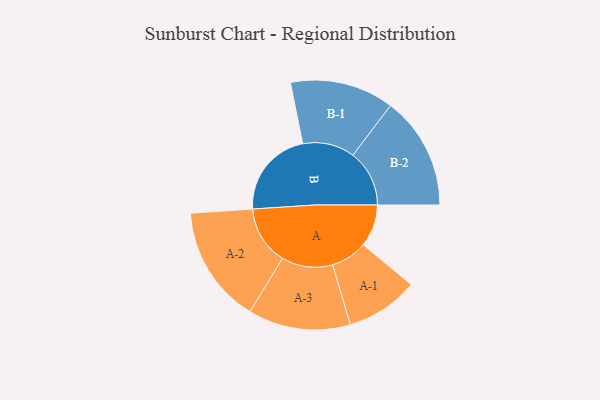
{"axis": {"x": "Segment", "y": "Value"}, "legend": ["", "A", "B"], "data": [{"x": "A", "y": 206, "type": ""}, {"x": "B", "y": 429, "type": ""}, {"x": "A-1", "y": 177, "type": "A"}, {"x": "A-2", "y": 286, "type": "A"}, {"x": "A-3", "y": 249, "type": "A"}, {"x": "B-1", "y": 253, "type": "B"}, {"x": "B-2", "y": 275, "type": "B"}]}